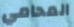
المحامي